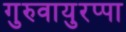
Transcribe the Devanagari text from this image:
गुरुवायुरप्पा